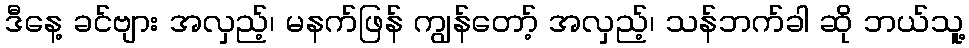
ဒီနေ့ ခင်ဗျား အလှည့်၊ မနက်ဖြန် ကျွန်တော့် အလှည့်၊ သန်ဘက်ခါ ဆို ဘယ်သူ့